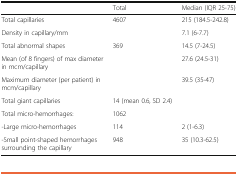
<table><thead><tr><td></td><td><b>Total</b></td><td><b>Median (IQR 25-75)</b></td></tr></thead><tbody><tr><td>Total capillaries</td><td>4607</td><td>215 (184.5-242.8)</td></tr><tr><td>Density in capillary/mm</td><td></td><td>7.1 (6-7.7)</td></tr><tr><td>Total abnormal shapes</td><td>369</td><td>14.5 (7-24.5)</td></tr><tr><td>Mean (of 8 fingers) of max diameter in mcm/capillary</td><td></td><td>27.6 (24.5-31)</td></tr><tr><td>Maximum diameter (per patient) in mcm/capillary</td><td></td><td>39.5 (35-47)</td></tr><tr><td>Total giant capillaries</td><td>14 (mean 0.6, SD 2.4)</td><td></td></tr><tr><td>Total micro-hemorrhages: </td><td>1062</td><td></td></tr><tr><td>-Large micro-hemorrhages</td><td>114 </td><td>2 (1-6.3)</td></tr><tr><td>-Small point-shaped hemorrhages surrounding the capillary</td><td>948</td><td>35 (10.3-62.5)</td></tr></tbody></table>